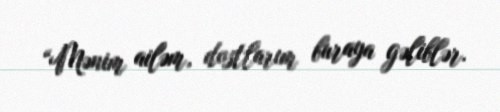
“Mənim ailəm, dostlarım buraya gəliblər.